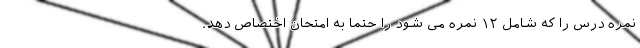
نمره درس را که شامل ۱۲ نمره می شود را حتما به امتحان اختصاص دهد.